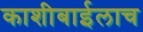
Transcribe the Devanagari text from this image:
काशीबाईलाच